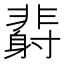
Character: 𲊙